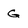
Character: G